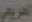
العريفي